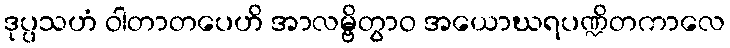
ဒုပ္ပသဟံ ဝါတာတပေဟိ အာလမ္ဗိတွာဝ အယောဃရပဏ္ဍိတကာလေ